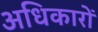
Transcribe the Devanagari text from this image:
अधिकारों